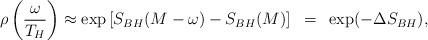
LaTeX: \begin{align*}\rho\left(\frac{\omega}{T_H}\right) \approx \exp \left[ S_{BH}(M- \omega) - S_{BH} (M) \right]~=~\exp(-\Delta S_{BH}),\end{align*}